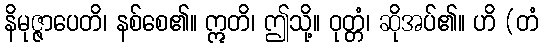
နိမုဇ္ဇာပေတိ၊ နစ်စေ၏။ ဣတိ၊ ဤသို့။ ဝုတ္တံ၊ ဆိုအပ်၏။ ဟိ (တံ